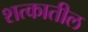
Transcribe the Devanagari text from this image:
शत्कातील